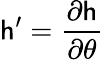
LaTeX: \mathsf{h}^{\prime}=\frac{{\partial\mathsf{h}}}{{\partial\theta}}